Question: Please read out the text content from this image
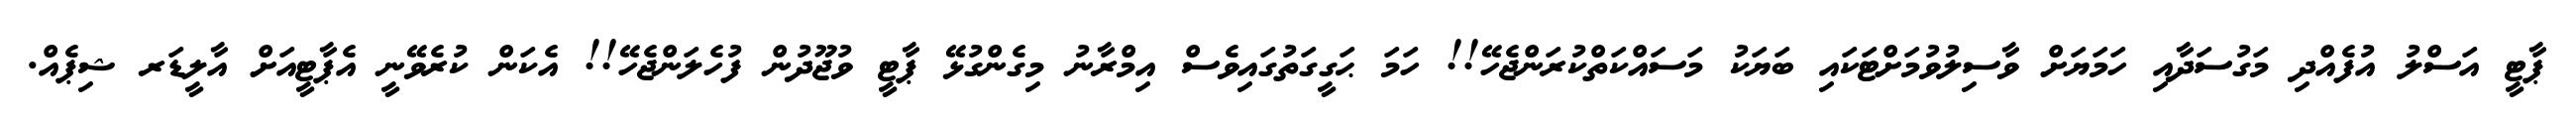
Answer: ޕާޓީ އަސްލު އުފެއްދި މަގުސަދާއި ހަމަޔަށް ވާސިލުވުމަށްޓަކައި ބަޔަކު މަސައްކަތްކުރަންޖެހޭ!! ހަމަ ޙަގީގަތުގައިވެސް އިމްރާނު މިގެންގުޅޭ ޕާޓީ ވުޖޫދުން ފުހެލަންޖެހޭ!! އެކަން ކުރެވޭނީ އެޕާޓީއަށް އާލީޑަރ ޝިޕެއް.